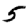
Digit: 5